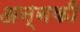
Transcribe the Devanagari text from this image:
अन्नकी